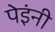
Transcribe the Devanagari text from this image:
पेइंनी